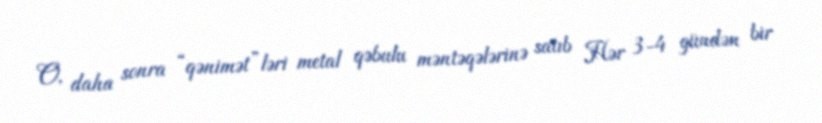
O, daha sonra “qənimət”ləri metal qəbulu məntəqələrinə satıb Hər 3-4 gündən bir